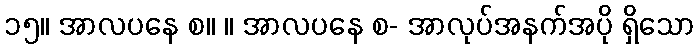
၁၅။ အာလပနေ စ။ ။ အာလပနေ စ- အာလုပ်အနက်အပို ရှိသော